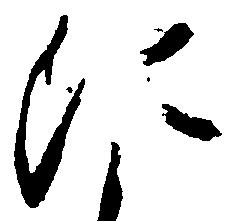
に